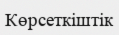
Көрсеткіштік